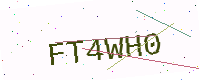
Text: FT4WH0